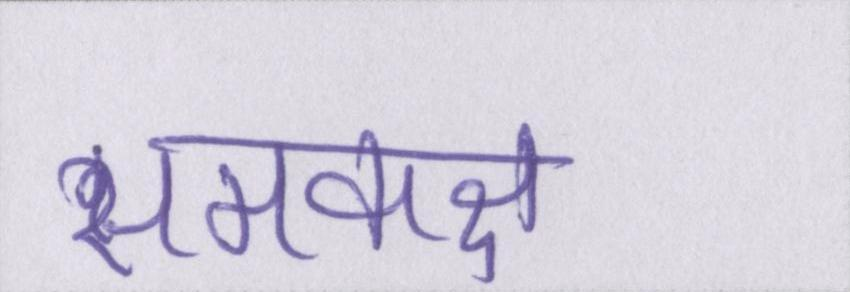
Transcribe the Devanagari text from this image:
समकक्ष